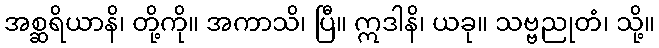
အစ္ဆရိယာနိ၊ တို့ကို။ အကာသိ၊ ပြီ။ ဣဒါနိ၊ ယခု။ သဗ္ဗညုတံ၊ သို့။